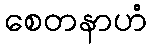
စေတနာဟံ